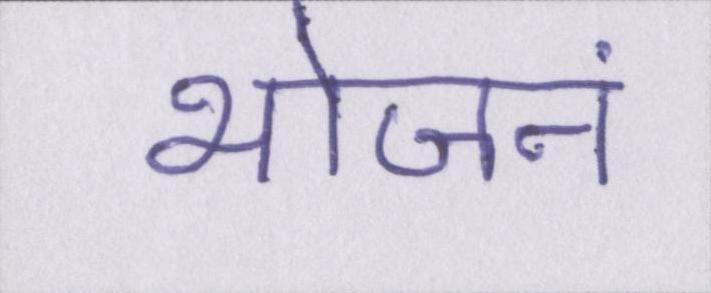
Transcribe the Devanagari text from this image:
भोजनं